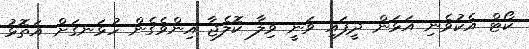
ކޯޓް އެކުވެނި އަޅަން ދީފައި ވަނީ ވިލާ ކޮލެޖާ އިންވެގެން ހުޅަނގަށް އަތޮޅު